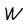
Character: W